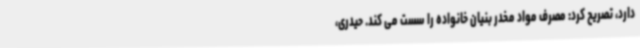
دارد، تصریح کرد: مصرف مواد مخدر بنیان خانواده را سست می کند. حیدری،